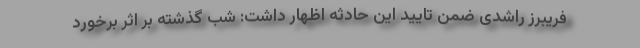
فریبرز راشدی ضمن تایید این حادثه اظهار داشت: شب گذشته بر اثر برخورد